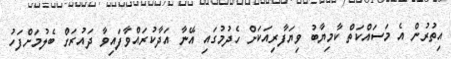
އިތުރުން އެ މަސައްކަތް ކާމިޔާބު ވިޔަފާރިއަކަށް ހެދުމުގައި އޭނާ އަދާކުރައްވާފައިވާ ދައުރަށް ބެލުމަށްފަހު